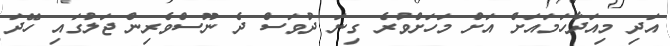
އަދި މިއަދާހަމައަށް އަށް މަހަށްވުރެ ގިނަ ދުވަސް ދެ ނޫސްވެރިން ޖަލުގައި ހޭދަ